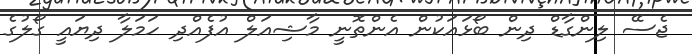
ޖެސޭ ލިންގާޑް ދިން ބޯޅައަކުން އެންތޮނީ މާޝިއަލް އުފެއްދި ހަމަލާ ދިޔައީ ގޯލުގެ